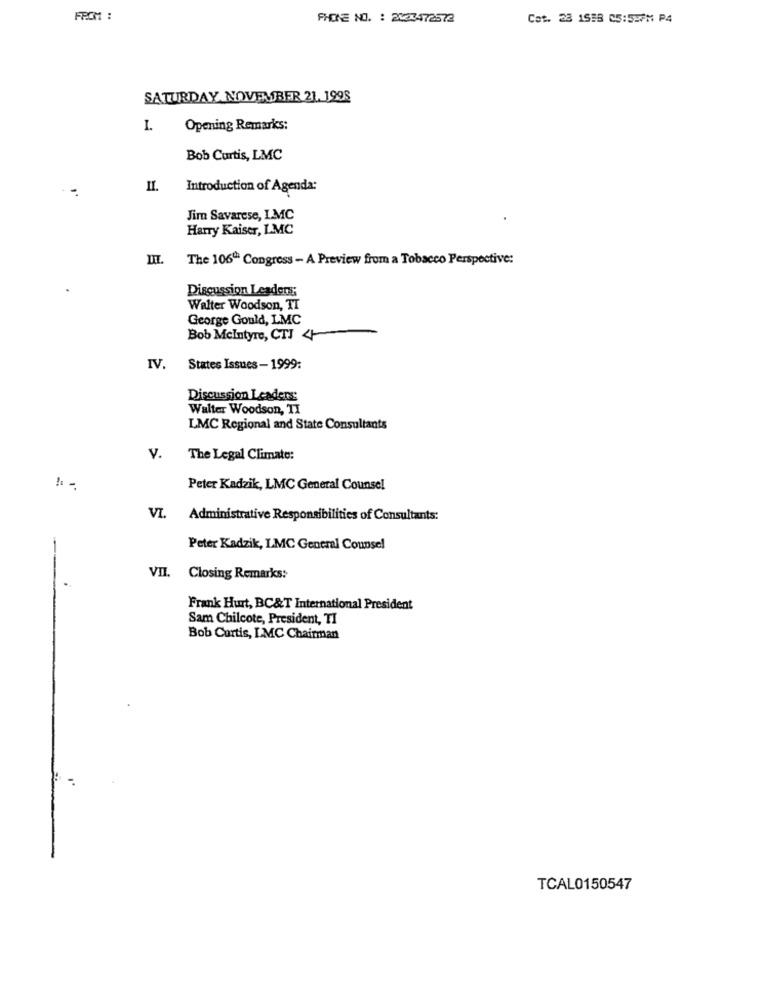
FROM :
PHONE NO. : 2003472572
Cet. 23 15:8 05:5:7M P4
SATURDAY NOVEMBER 21. 1998
I.
Opening Remarks:
Bob Curtis, LMC
II.
Introduction of Agenda:
Jim Savarese, LMC
Harry Kaiser, LMC
The 106ª Congress - A Preview from a Tobacco Perspective:
Discussion Leaders;
Walter Woodson, TI
George Gould, LMC
Bob Mcintyre, CTI 4
IV.
States Issues -1999:
Discussion Leaders:
Walter Woodson, TI
LMC Regional and State Consultants
v.
The Legal Climate:
Peter Kadzik, LMC General Counsel
VI. Administrative Responsibilities of Consultants:
Peter Kadzik, LMC General Counsel
VII. Closing Remarks:
Frank Hurt, BC&T International President
Sam Chilcote, President, TI
Bob Curtis, LMC Chairman
TCAL0150547